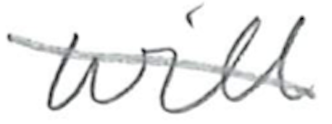
Text: will
Cross-out: diagonal
Writing tool: pencil